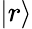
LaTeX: \left|r\right\rangle